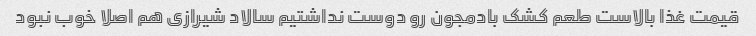
قیمت غذا بالاست طعم کشک بادمجون رو دوست نداشتیم سالاد شیرازی هم اصلا خوب نبود